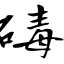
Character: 碡